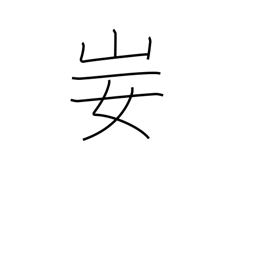
Meaning: contempt